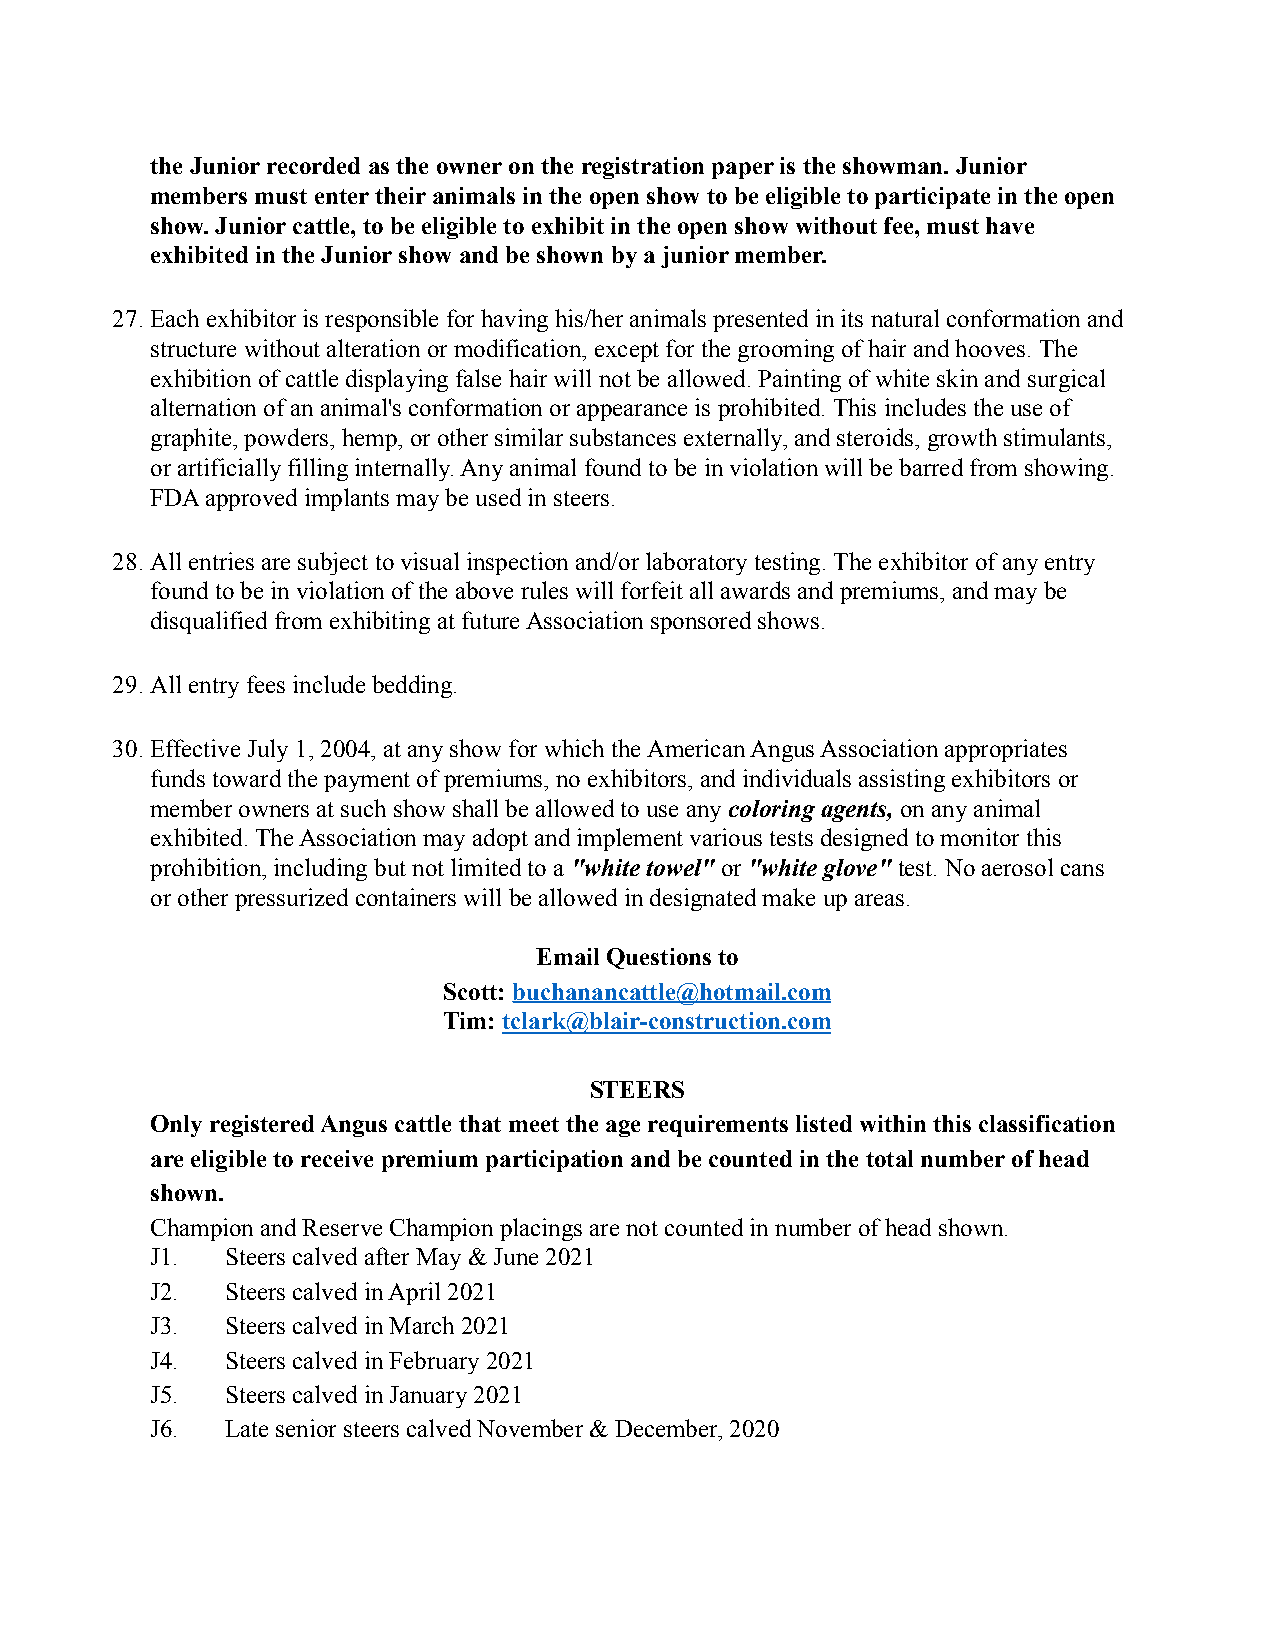
the Junior recorded as the owner on the registration paper is the showman. Junior
 members must enter their animals in the open show to be eligible to participate in the open
 show. Junior cattle, to be eligible to exhibit in the open show without fee, must have
 exhibited in the Junior show and be shown by a junior member.
 27.Each exhibitor is responsible for having his/her animals presented in its natural conformation and
 structure without alteration or modification, except for the grooming of hair and hooves. The
 exhibition of cattle displaying false hair will not be allowed. Painting of white skin and surgical
 alternation of an animal's conformation or appearance is prohibited. This includes the use of
 graphite, powders, hemp, or other similar substances externally, and steroids, growth stimulants,
 or artificially filling internally. Any animal found to be in violation will be barred from showing.
 FDA approved implants may be used in steers.
 28.All entries are subject to visual inspection and/or laboratory testing. The exhibitor of any entry
 found to be in violation of the above rules will forfeit all awards and premiums, and may be
 disqualified from exhibiting at future Association sponsored shows.
 29.All entry fees include bedding.
 30.Effective July 1, 2004, at any show for which the American Angus Association appropriates
 funds toward the payment of premiums, no exhibitors, and individuals assisting exhibitors or
 member owners at such show shall be allowed to use anycoloring agents, on any animal
 exhibited. The Association may adopt and implement various tests designed to monitor this
 prohibition, including but not limited to a "whitetowel" or"white glove" test. No aerosol cans
 or other pressurized containers will be allowed in designated make up areas.
 Email Questions to
 Scott:buchanancattle@hotmail.com
 Tim: tclark@blair-construction.com
 STEERS
 Only registered Angus cattle that meet the age requirements listed within this classification
 are eligible to receive premium participation and be counted in the total number of head
 shown.
 Champion and Reserve Champion placings are not counted in number of head shown.
 J1.  Steers calved after May & June 2021
 J2.  Steers calved in April 2021
 J3.  Steers calved in March 2021
 J4.  Steers calved in February 2021
 J5.  Steers calved in January 2021
 J6.  Late senior steers calved November & December, 2020